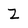
Character: Z